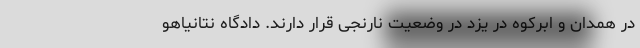
در همدان و ابرکوه در یزد در وضعیت نارنجی قرار دارند. دادگاه نتانیاهو